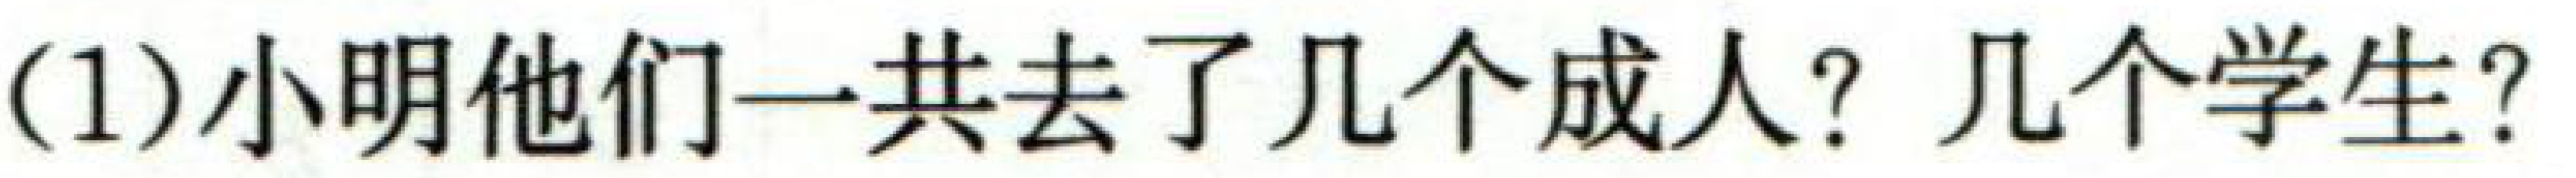
(1)小明他们一共去了几个成人？几个学生？